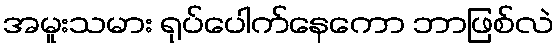
အမူးသမား ရုပ်ပေါက်နေကော ဘာဖြစ်လဲ